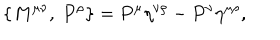
\{ M ^ { \mu \nu } , \ P ^ { \rho } \} = P ^ { \mu } \eta ^ { \nu \rho } - P ^ { \nu } \eta ^ { \mu \rho } ,